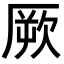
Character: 厥